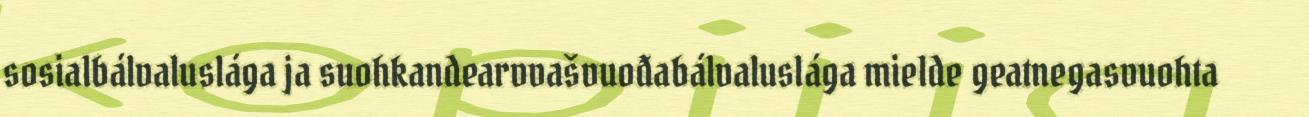
sosialbálvaluslága ja suohkandearvvašvuođabálvaluslága mielde geatnegasvuohta